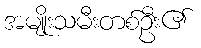
အမျိုးသမီးတစ်ဦး၏